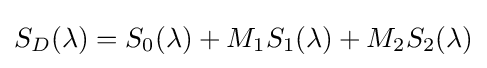
S_{D}(\lambda )=S_{0}(\lambda )+M_{1}S_{1}(\lambda )+M_{2}S_{2}(\lambda )